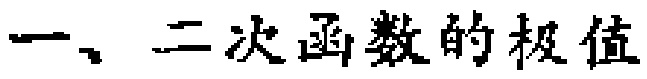
一、二次函数的极值